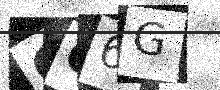
Text: G06G